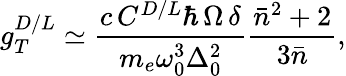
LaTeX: g_{T}^{D/L}\simeq\frac{c\, C^{D/L}\hbar\, \Omega\, \delta}{m_{e}\omega_{0}^{3}\Delta_{0}^{2}}\frac{\bar{n}^{2}+2}{3\bar{n}},